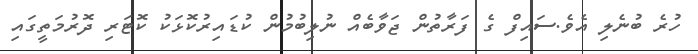
ހުރެ ބުނެލި އެވެ.ސައިފް ގެ ފަރާތުން ޖަވާބެއް ނުލިބުމުން ކުޑައިރުކޮޅަކު ކޮޓަރި ދޮރުމަތީގައި